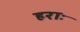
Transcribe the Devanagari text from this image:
हराः